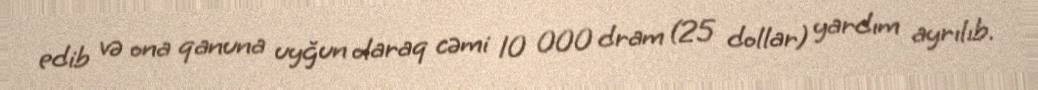
edib və ona qanuna uyğun olaraq cəmi 10 000 dram (25 dollar) yardım ayrılıb.